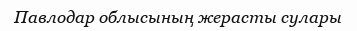
Павлодар облысының жерасты сулары